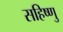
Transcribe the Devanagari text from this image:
सहिष्‍णु